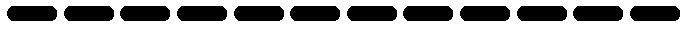
------------